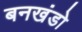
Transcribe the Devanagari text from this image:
बनखंडो